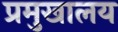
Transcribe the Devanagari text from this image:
प्रमुखालय